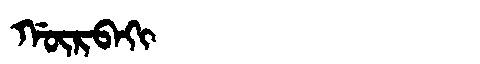
Manchu: ᡤᡡᡵᠪᠠᡴᡳ
Romanization: GŪRBAKI